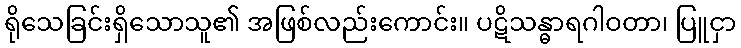
ရိုသေခြင်းရှိသောသူ၏ အဖြစ်လည်းကောင်း။ ပဋိသန္ဓာရဂါဝတာ၊ ပြူငှာ